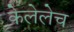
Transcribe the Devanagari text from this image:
केलेलेच